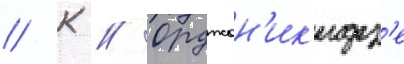
// К // Орджон'ик'идз'е